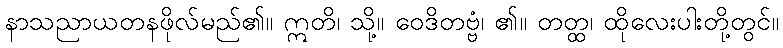
နာသညာယတနဖိုလ်မည်၏။ ဣတိ၊ သို့။ ဝေဒိတဗ္ဗံ၊ ၏။ တတ္ထ၊ ထိုလေးပါးတို့တွင်။